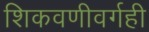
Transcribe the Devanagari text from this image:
शिकवणीवर्गही